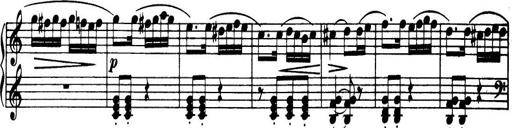
Title: 32 Sonatinas and Rondos for the Piano
Composer: Richard Kleinmichel